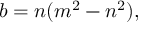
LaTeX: b = n ( m ^ { 2 } - n ^ { 2 } ) ,